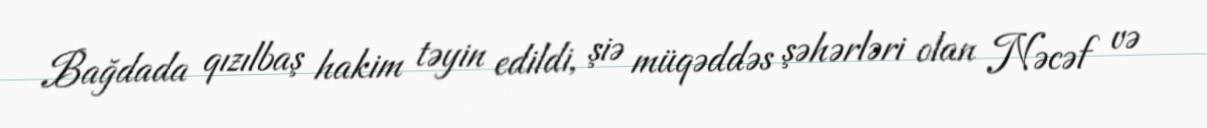
Bağdada qızılbaş hakim təyin edildi, şiə müqəddəs şəhərləri olan Nəcəf və